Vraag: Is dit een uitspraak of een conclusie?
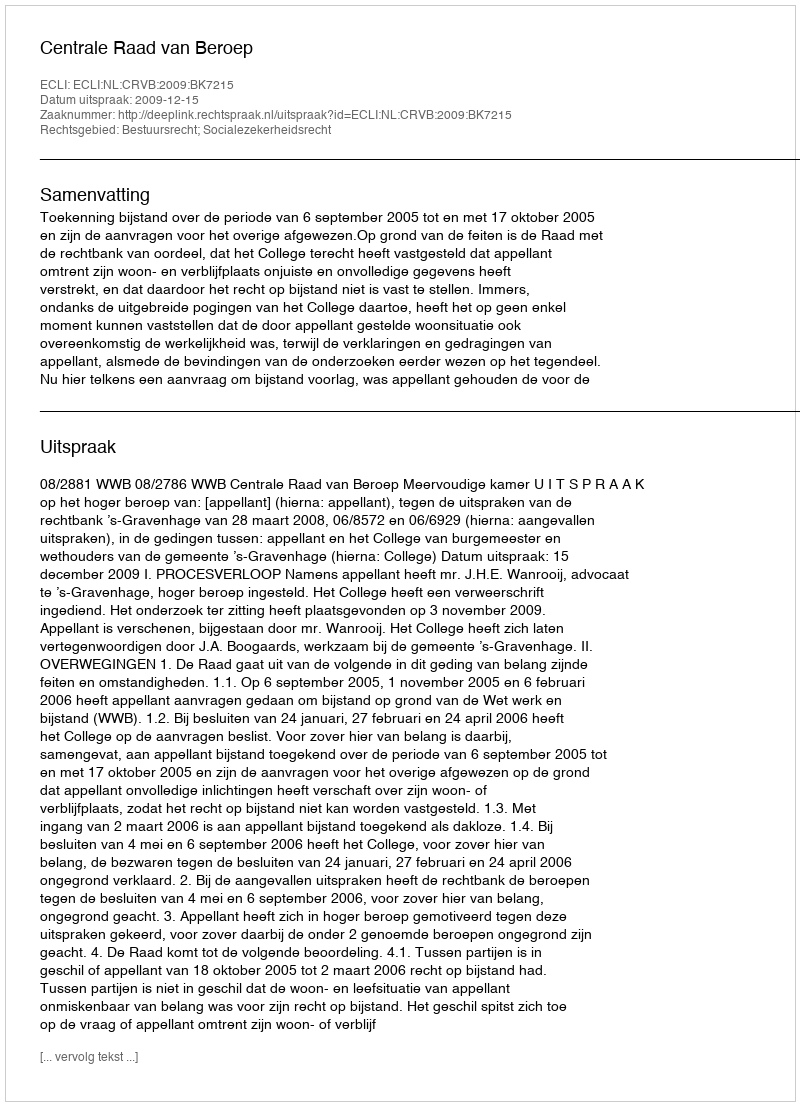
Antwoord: Uitspraak